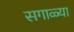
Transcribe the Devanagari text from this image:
सगाळ्या